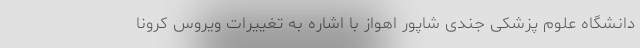
دانشگاه علوم پزشکی جندی شاپور اهواز با اشاره به تغییرات ویروس کرونا